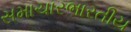
સમાચારભારતીય